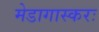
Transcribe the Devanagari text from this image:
मेडागास्करः